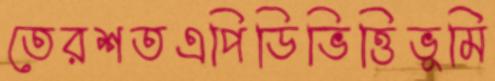
তেরশতএপিডিভিত্তিভূমি